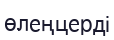
өлеңцерді